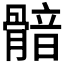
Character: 𩩿